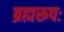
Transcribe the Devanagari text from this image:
ब्रह्मरूपः